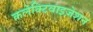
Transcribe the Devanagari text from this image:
कलेक्टिवाइज़ेशन